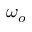
\omega _ { o }